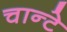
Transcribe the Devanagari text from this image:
चान्टे